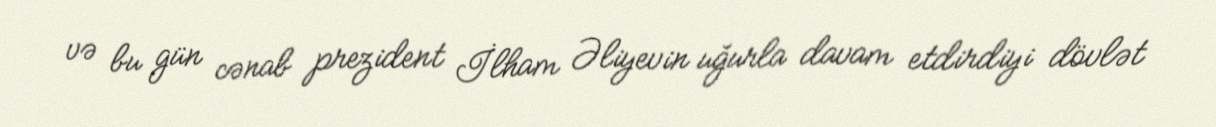
və bu gün cənab prezident İlham Əliyevin uğurla davam etdirdiyi dövlət